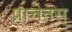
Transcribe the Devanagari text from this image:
प्राचेतस्